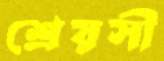
শ্রেয়সী